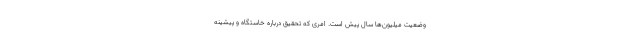
وضعیت میلیون‌ها سال پیش است. امری که تحقیق درباره خاستگاه و پیشینه